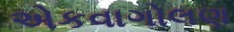
એકવાગોલણ